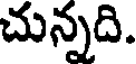
చున్నది.